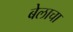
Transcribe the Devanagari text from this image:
बेलाचा